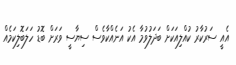
އެއީ ސަރުކާރު ކުއްލިއަކަށް ބަދަލުވުމާ އެކު އަނެއްކާވެސް ސިޔާސީ ވަރަށް ބޮޑު ހަލަބޮލިކަމެއް